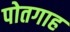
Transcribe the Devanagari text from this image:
पोतगाह